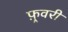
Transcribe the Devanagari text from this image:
फ़्रवरी